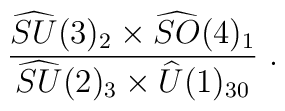
\frac{\widehat{SU}(3)_2\times \widehat{SO}(4)_1}{\widehat{SU}(2)_{3}\times \widehat{U}(1)_{30}}~.